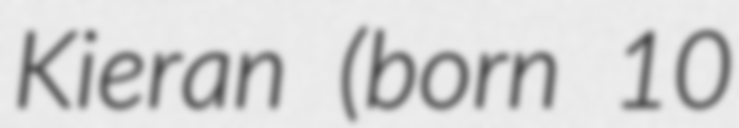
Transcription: Kieran (born 10